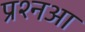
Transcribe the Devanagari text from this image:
प्रश्नआ